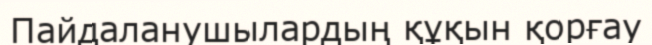
Пайдаланушылардың құқын қорғау